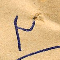
٣